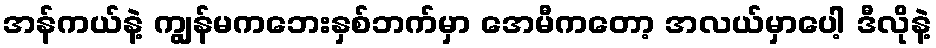
အန်ကယ်နဲ့ ကျွန်မကဘေးနှစ်ဘက်မှာ အေမီကတော့ အလယ်မှာပေါ့ ဒီလိုနဲ့